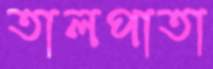
তালপাতা